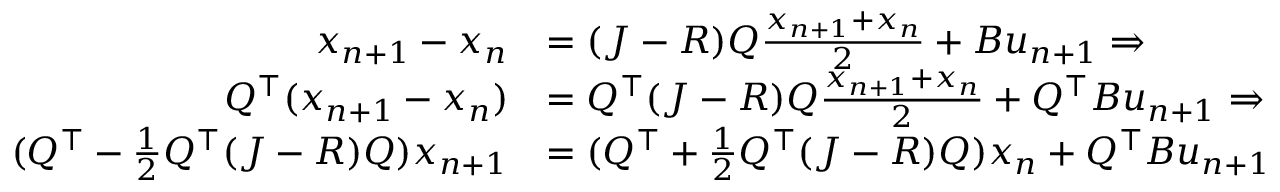
\begin{array} { r l } { x _ { n + 1 } - x _ { n } } & { = ( J - R ) Q \frac { x _ { n + 1 } + x _ { n } } { 2 } + B u _ { n + 1 } \Rightarrow } \\ { Q ^ { \top } ( x _ { n + 1 } - x _ { n } ) } & { = Q ^ { \top } ( J - R ) Q \frac { x _ { n + 1 } + x _ { n } } { 2 } + Q ^ { \top } B u _ { n + 1 } \Rightarrow } \\ { ( Q ^ { \top } - \frac { 1 } { 2 } Q ^ { \top } ( J - R ) Q ) x _ { n + 1 } } & { = ( Q ^ { \top } + \frac { 1 } { 2 } Q ^ { \top } ( J - R ) Q ) x _ { n } + Q ^ { \top } B u _ { n + 1 } } \end{array}